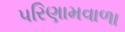
પરિણામવાળા